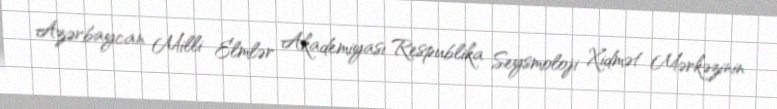
Azərbaycan Milli Elmlər Akademiyası Respublika Seysmoloji Xidmət Mərkəzinin